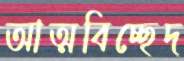
আত্মবিচ্ছেদ